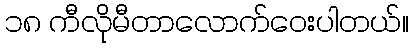
၁၈ ကီလိုမီတာလောက်ဝေးပါတယ်။